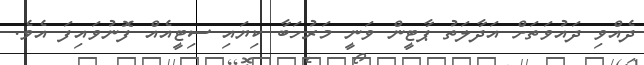
ދެއްވި ދައުވަތަށް އަދާލަތު ޕާޓީން ވަނީ މަރުހަބާ ކިޔައި ސިޓީއެއް ފޮނުވައިފަ އެވެ.